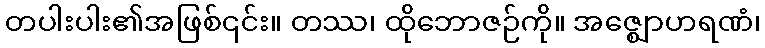
တပါးပါး၏အဖြစ်၎င်း။ တဿ၊ ထိုဘောဇဉ်ကို။ အဇ္ဈောဟရဏံ၊